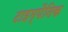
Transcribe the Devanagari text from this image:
टाइम्पैनिक